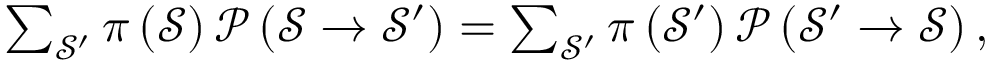
\begin{array} { r } { \sum _ { \mathcal { S } ^ { \prime } } \pi \left( \mathcal { S } \right) \mathcal { P } \left( \mathcal { S } \rightarrow \mathcal { S } ^ { \prime } \right) = \sum _ { \mathcal { S } ^ { \prime } } \pi \left( \mathcal { S } ^ { \prime } \right) \mathcal { P } \left( \mathcal { S } ^ { \prime } \rightarrow \mathcal { S } \right) , } \end{array}